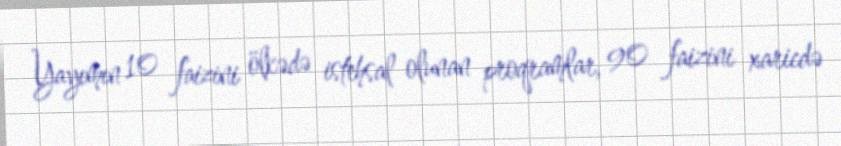
Yayımın 10 faizini ölkədə istehsal olunan proqramlar, 90 faizini xaricdə